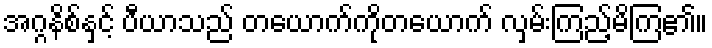
အဂ္ဂနိစ်နှင့် ပီယာသည် တယောက်ကိုတယောက် လှမ်းကြည့်မိကြ၏။